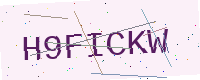
Text: H9FICKW